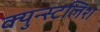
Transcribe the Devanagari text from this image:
क्युन्स्टलिश